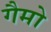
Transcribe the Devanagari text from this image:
गैमो